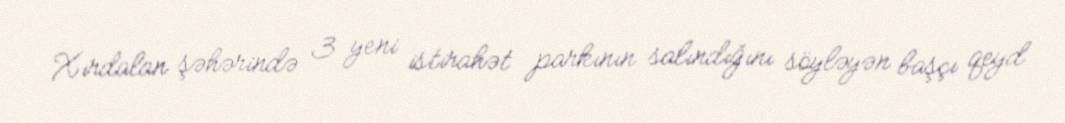
Xırdalan şəhərində 3 yeni istirahət parkının salındığını söyləyən başçı qeyd